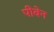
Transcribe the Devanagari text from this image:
पीवेन